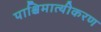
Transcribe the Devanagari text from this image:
पाश्चिमात्यीकरण